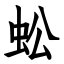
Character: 蚣